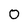
Character: 0